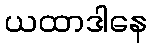
ယထာဒါနေ